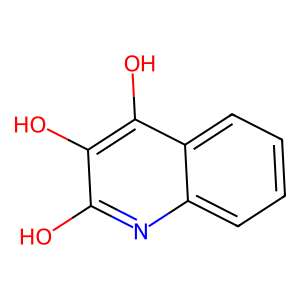
SMILES: Oc1nc2ccccc2c(O)c1O
Inhibits HIV replication: No